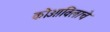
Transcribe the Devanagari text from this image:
कोआविलाचे